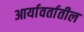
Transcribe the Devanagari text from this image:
आर्यावर्तातील